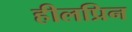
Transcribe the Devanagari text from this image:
हीलप्रिन